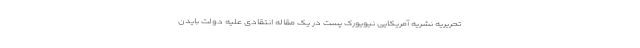
تحریریه نشریه آمریکایی نیویورک پست در یک مقاله انتقادی علیه دولت بایدن